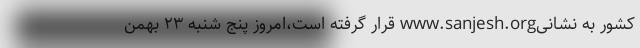
کشور به نشانیwww.sanjesh.org قرار گرفته است،امروز پنج شنبه ۲۳ بهمن